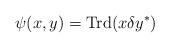
LaTeX: \begin{align*}\psi(x,y) = \mathrm{Trd}(x\delta y^*)\end{align*}